Vaccination returns of the Province of Eastern Bengal and Assam - 1905-1912
Year: 1905
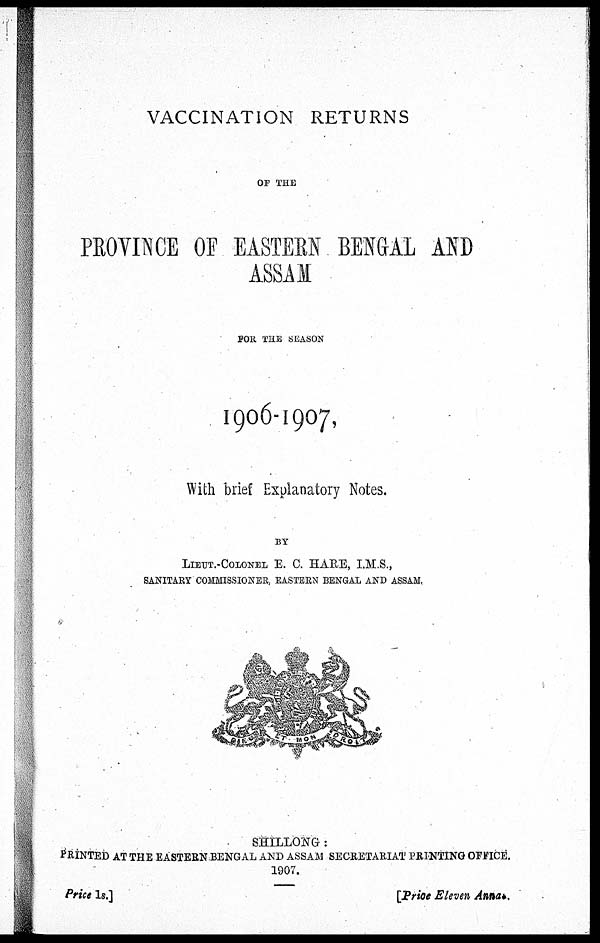
VACCINATION RETURNS
OF THE
PROVINCE OF EASTERN BENGAL AND
ASSAM
FOR THE SEASON
1906- 1907,
With brief Explanatory Notes.
BY
LIEUT.-COLONEL E. C. HARE, I.M.S.,
SANITARY COMMISSIONER, EASTERN BENGAL AND ASSAM.
SHILLONG :
PRINTED AT THE EASTERN BENGAL AND ASSAM SECRETARIAT PRINTING OFFICE.
1907.
Price 1s.]
[Price Eleven Annas.